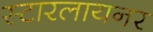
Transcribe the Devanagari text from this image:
स्टारलायनर